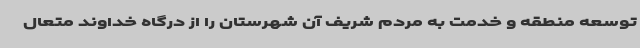
توسعه منطقه و خدمت به مردم شریف آن شهرستان را از درگاه خداوند متعال